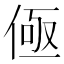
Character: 𰂟